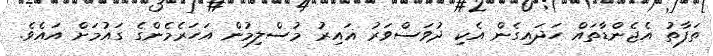
ތަފާތު އެޖެންޑާތައް ހަދައިގެން އެކި ދުވަސްވަރު ޣައިރު މުސްލިމުން އަހަރެމެންގެ ގައުމަށް އައެވެ.